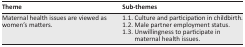
| Theme | Sub-themes |
 | --- | --- |
 | Maternal health issues are viewed as women’s matters. | 1.1. Culture and participation in childbirth.1.2. Male partner employment status.1.3. Unwillingness to participate in maternal health issues. |